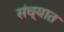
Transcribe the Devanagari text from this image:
संच्यात